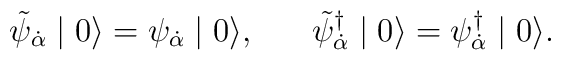
\tilde{\psi}_{\dot{\alpha}} \mid 0 \rangle = \psi_{\dot{\alpha}} \mid 0 \rangle, \;\;\;\;\;\; \tilde{\psi}^{\dagger}_{\dot{\alpha}} \mid 0 \rangle =\psi^{\dagger}_{\dot{\alpha}} \mid 0 \rangle .